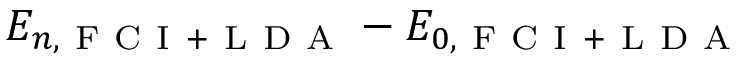
E _ { n , \mathrm { ~ F ~ C ~ I ~ + ~ L ~ D ~ A ~ } } - E _ { 0 , \mathrm { ~ F ~ C ~ I ~ + ~ L ~ D ~ A ~ } }